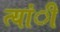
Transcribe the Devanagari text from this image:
त्यांी